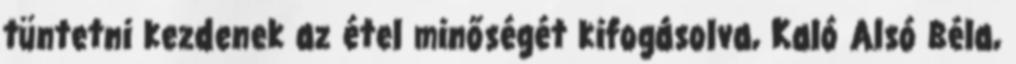
tüntetni kezdenek az étel minőségét kifogásolva, Kaló Alsó Béla,